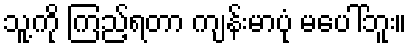
သူ့ကို ကြည့်ရတာ ကျန်းမာပုံ မပေါ်ဘူး။